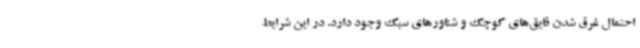
احتمال غرق شدن قایق‌های کوچک و شناورهای سبک وجود دارد. در این شرایط